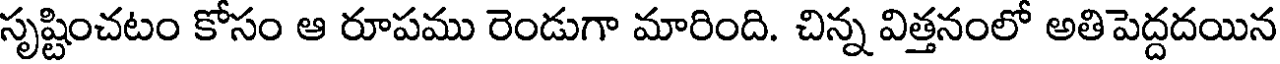
సృష్టించటం కోసం ఆ రూపము రెండుగా మారింది. చిన్న విత్తనంలో అతి పెద్దదయిన